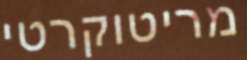
מריטוקרטי